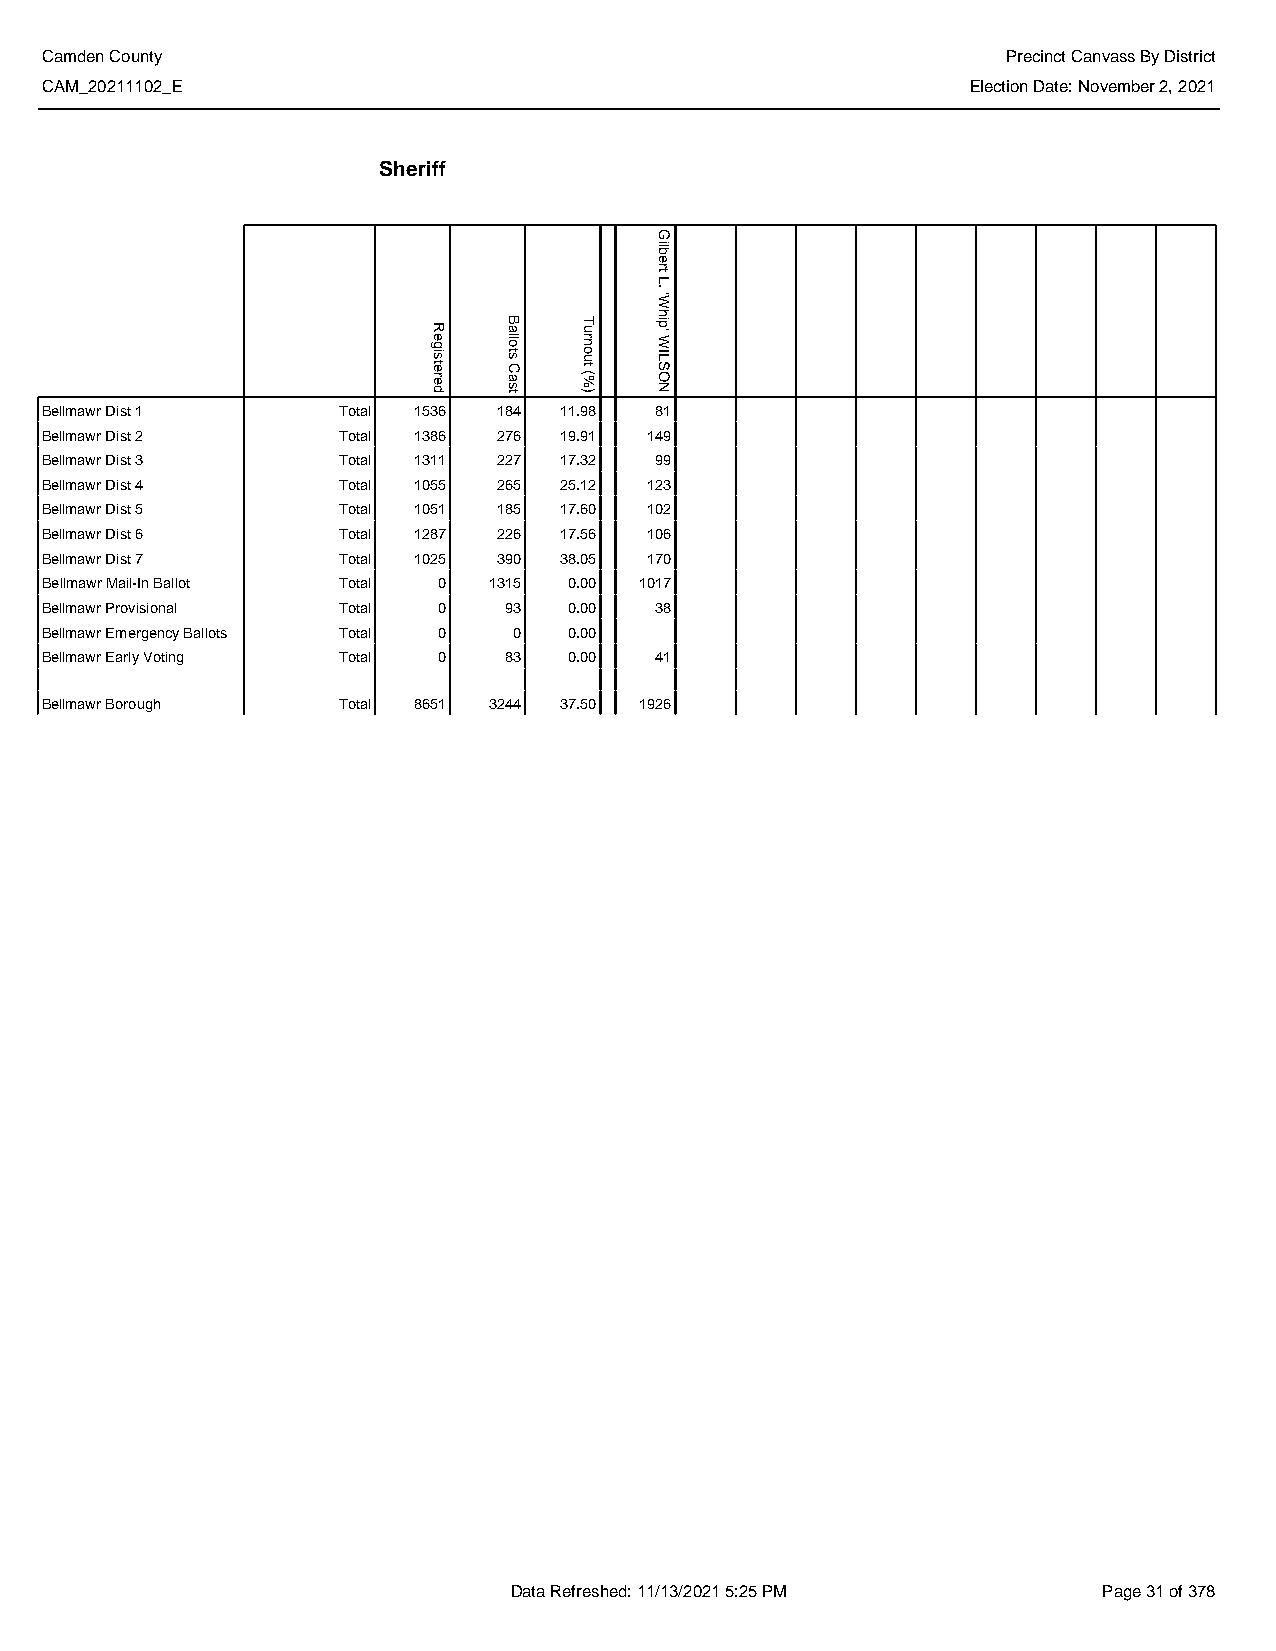
Camden County                                                   Precinct Canvass By District
 CAM_20211102_E                                               Election Date: November 2, 2021
 Sheriff
 Bellmawr Dist 1    Total 1536 184 11.98 81
 Bellmawr Dist 2    Total 1386 276 19.91 149
 Bellmawr Dist 3    Total 1311 227 17.32 99
 Bellmawr Dist 4    Total 1055 265 25.12 123
 Bellmawr Dist 5    Total 1051 185 17.60 102
 Bellmawr Dist 6    Total 1287 226 17.56 106
 Bellmawr Dist 7    Total 1025 390 38.05 170
 Bellmawr Mail-In Ballot Total 0 1315 0.00 1017
 Bellmawr Provisional Total 0  93   0.00 38
 Bellmawr Emergency Ballots Total 0 0 0.00
 Bellmawr Early Voting Total 0 83   0.00 41
 Bellmawr Borough   Total 8651 3244 37.50 1926
 Data Refreshed: 11/13/2021 5:25 PM     Page 31 of 378
 Registered
 Ballots
 Cast
 Turnout
 (%)
 Gilbert
 L.
 'Whip'
 WILSON